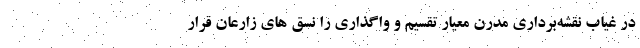
در غیاب نقشه‌برداری مدرن معیار تقسیم و واگذاری را نسق های زارعان قرار